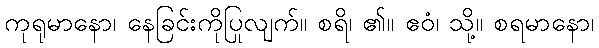
ကုရုမာနော၊ နေခြင်းကိုပြုလျက်။ စရိ၊ ၏။ ဧဝံ၊ သို့။ စရမာနော၊